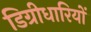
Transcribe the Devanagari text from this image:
डिग्रीधारियों